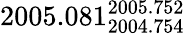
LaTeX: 2005.081_{2004.754}^{2005.752}